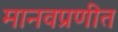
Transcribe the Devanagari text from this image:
मानवप्रणीत